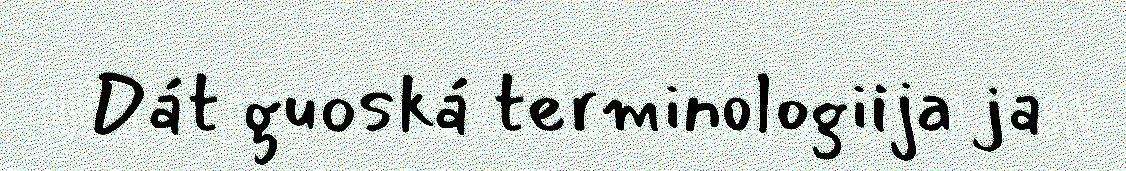
Dát guoská terminologiija ja